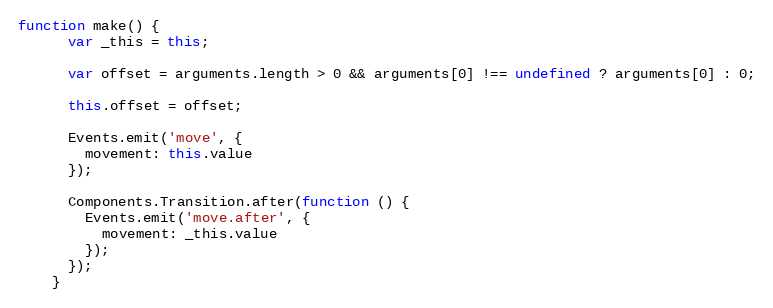
Language: JavaScript
function make() {
      var _this = this;

      var offset = arguments.length > 0 && arguments[0] !== undefined ? arguments[0] : 0;

      this.offset = offset;

      Events.emit('move', {
        movement: this.value
      });

      Components.Transition.after(function () {
        Events.emit('move.after', {
          movement: _this.value
        });
      });
    }